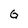
Character: G